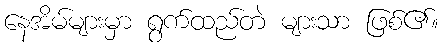
နေအိမ်များမှာ ရွက်ထည်တဲ များသာ ဖြစ်၏။